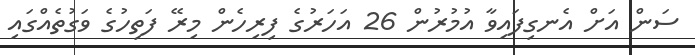
ސަން އަށް އެނގިފައިވާ އުމުރުން 26 އަހަރުގެ ފިރިހެން މިރޭ ފަތިހުގެ ވަގުތެއްގައި